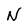
Character: N